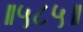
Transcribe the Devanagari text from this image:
॥५८५॥